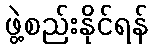
ဖွဲ့စည်းနိုင်ရန်